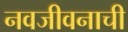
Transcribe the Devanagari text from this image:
नवजीवनाची